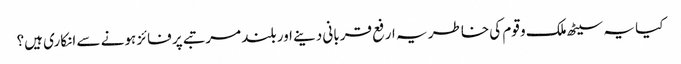
کیا یہ سیٹھ ملک و قوم کی خاطر یہ ارفع قربانی دینے اور بلند مرتبے پر فائز ہونے سے انکاری ہیں؟